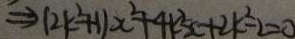
\Rightarrow ( 2 k ^ { 2 } + 1 ) x ^ { 2 } + 4 k ^ { 2 } x + 2 k ^ { 2 } - 2 = 0